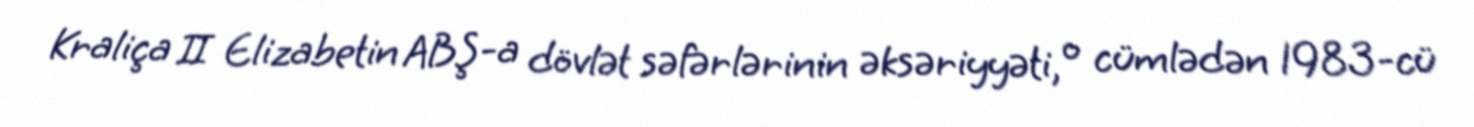
Kraliça II Elizabetin ABŞ-a dövlət səfərlərinin əksəriyyəti, o cümlədən 1983-cü